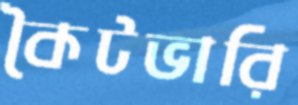
কৈটভারি